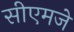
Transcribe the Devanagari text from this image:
सीएमजे